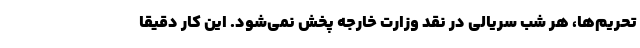
تحریم‌ها، هر شب سریالی در نقد وزارت خارجه پخش نمی‌شود. این کار دقیقا